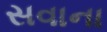
સવાના